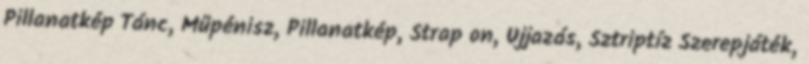
Pillanatkép Tánc, Műpénisz, Pillanatkép, Strap on, Ujjazás, Sztriptíz Szerepjáték,